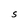
Character: S